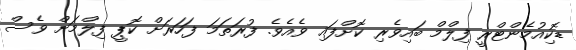
ޑޮކިއުމެންޓްރީ ފިލްމް ބައިވެރި ކޮށްފައި ވެއެވެ. ފުރަތަމަ ފަހަރަށް ކޮޕީ ފިލްމަށް ވެސް